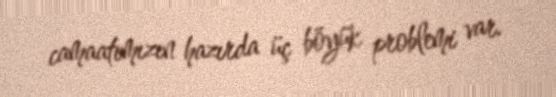
camaatımızın hazırda üç böyük problemi var.